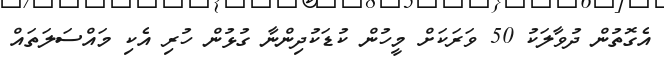
އެގޮތުން ދުވާލަކު 50 ވަރަކަށް މީހުން ކުޑަކުދިންނާ ގުޅުން ހުރި އެކި މައްސަލަތައް